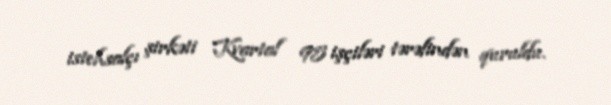
istehsalçı şirkəti Kvartal 95 işçiləri tərəfindən quruldu.